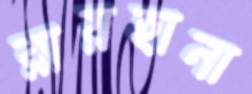
রায়হানা